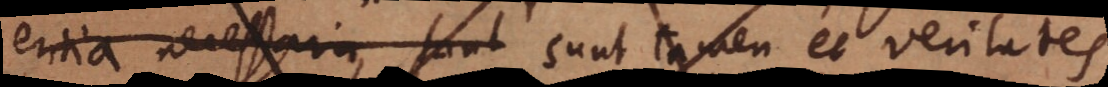
entia necessaria, sunt sunt tamen et veritates